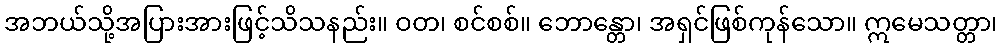
အဘယ်သို့အပြားအားဖြင့်သိသနည်း။ ဝတ၊ စင်စစ်။ ဘောန္တော၊ အရှင်ဖြစ်ကုန်သော။ ဣမေသတ္တာ၊